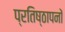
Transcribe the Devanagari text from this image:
प्रतिष्ठापनों